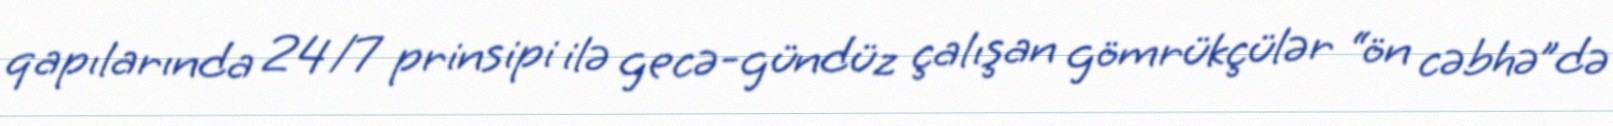
qapılarında 24/7 prinsipi ilə gecə-gündüz çalışan gömrükçülər “ön cəbhə”də